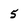
Character: 5